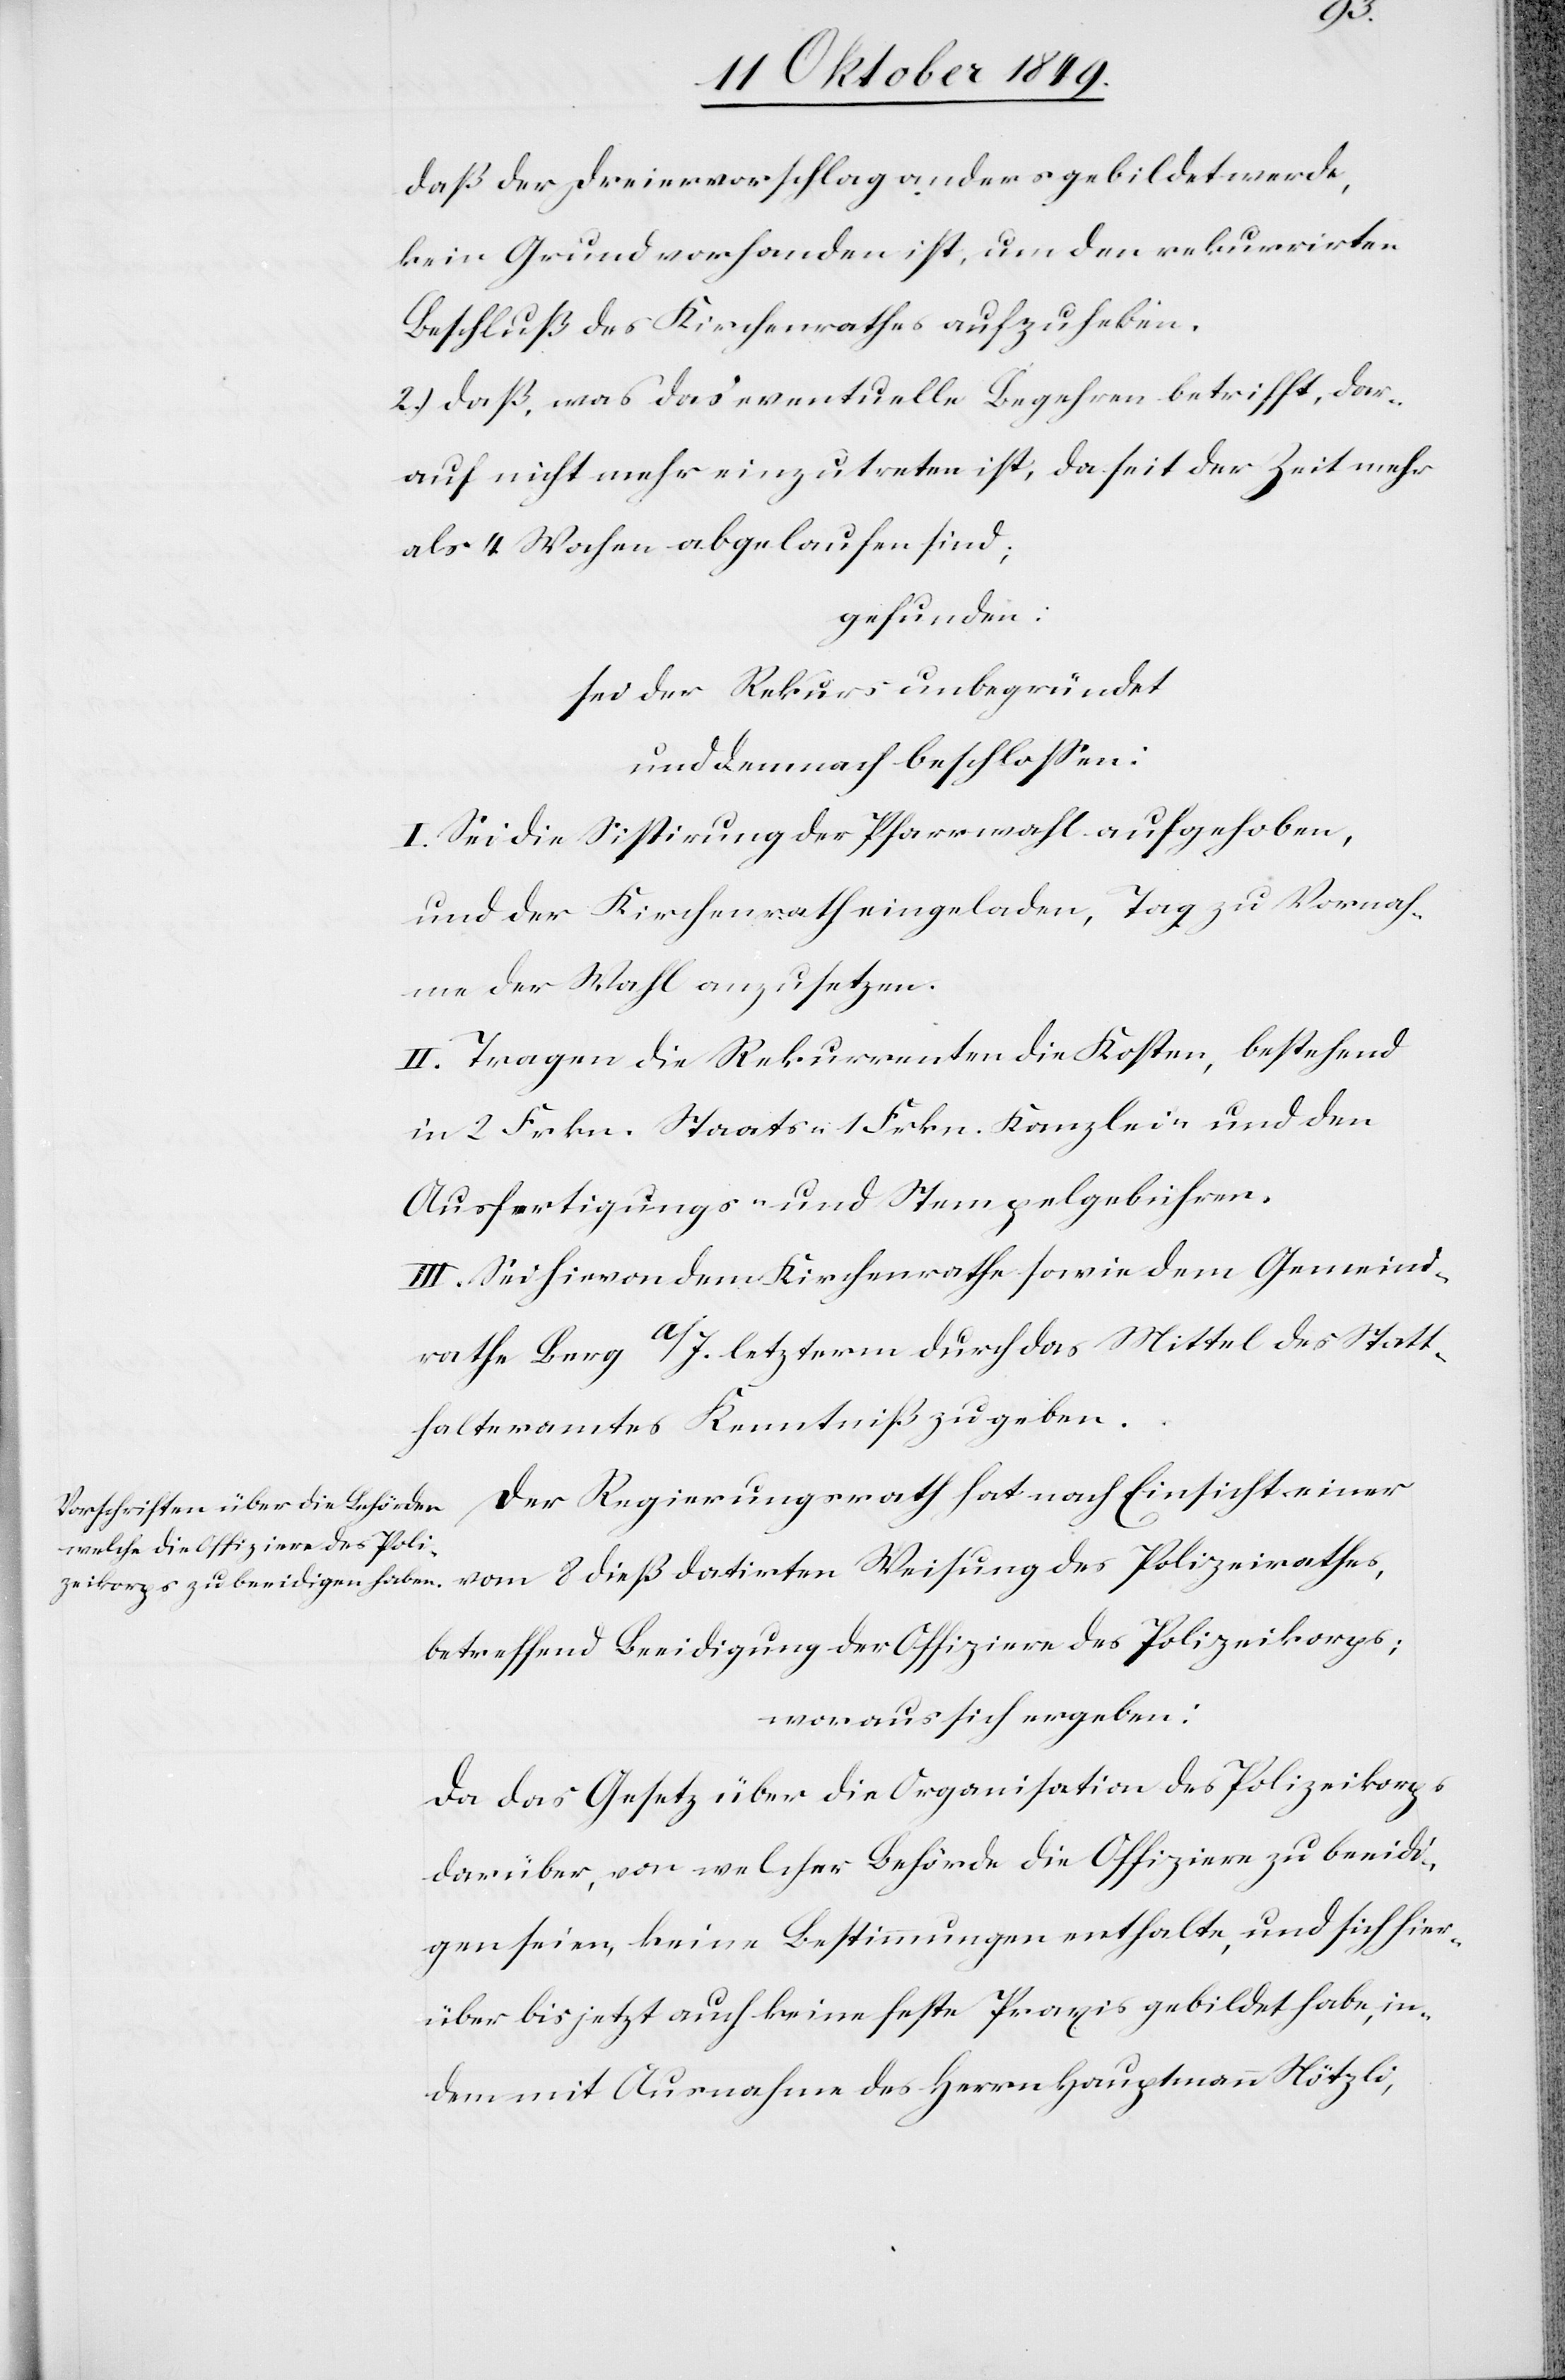
des
daß der Dreiervorschlag anders gebildet werde,
kein Grund vorhanden ist, um den rekurrirten
Beschluß des Kirchenrathes aufzuheben.
2.) daß, was das eventuelle Begehren betrifft, dar¬
auf nicht mehr einzutreten ist, da seit der Zeit mehr
als 4 Wochen abgelaufen sind;
gefunden:
sei der Rekurs unbegründet
und demnach beschloßen:
I. Sei die Sistirung der Pfarrwahl aufgehoben,
und der Kirchenrath eingeladen, Tag zu Vornah¬
me der Wahl anzusetzen.
II. Tragen die Rekurrenten die Kosten, bestehend
in 2 Frkn. Staats- 1 Frkn. Kanzlei- und den
Ausfertigungs- u. Stempelgebühren.
III. Sei hievon dem Kirchenrathe sowie dem Gemeind¬
rathe Berg a/J. letzterm durch das Mittel des Statt¬
halteramtes Kenntniß zu geben.
betreffend Beeidigung der Offiziere des Polizeikorps;
woraus sich ergeben:
Da das Gesetz über die Organisation des Polizeikorps
darüber, von welcher Behörde die Offiziere zu beeidi¬
gen seien, keine Bestimmungen enthalte, und sich hier¬
über bis jetzt auch keine feste Praxis gebildet habe, in¬
dem mit Ausnahme des Herrn Hauptmann Nötzli,